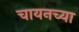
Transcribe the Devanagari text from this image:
चायनच्या